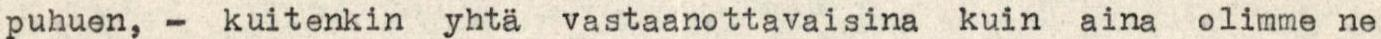
puhuen, - kuitenkin yhtä vastaanottavaisina kuin aina olimme ne